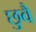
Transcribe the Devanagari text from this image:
छुवै